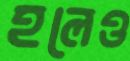
হলেও